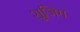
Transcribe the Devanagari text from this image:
शूजिग